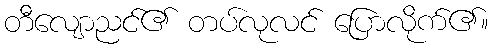
တီလျောညင်၏ တပ်လုလင် ပြောလိုက်၏။